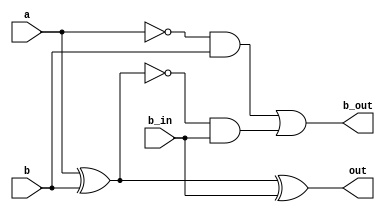
module fs (
    input a, b, b_in,
    output out, b_out
);

    assign out = (a ^ b) ^ b_in;
    assign b_out = (~a & b) | ~(a ^ b) & b_in;

endmodule